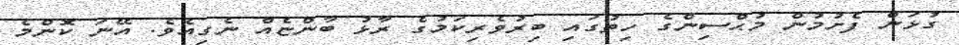
ގުޅަން ފެށުމުން މުޙްސިންގެ ހިތުގައި ބިރުވެރިކަމުގެ ރާޅު ބާންޏެއް ނެގިއެވެ. އޭނަ ކޮންމެ